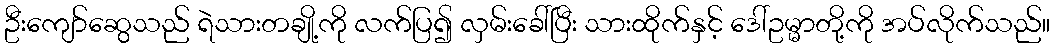
ဦးကျော်ဆွေသည် ရဲသားတချို့ကို လက်ပြ၍ လှမ်းခေါ်ပြီး သားထိုက်နှင့် ဒေါ်ဥမ္မာတို့ကို အပ်လိုက်သည်။